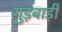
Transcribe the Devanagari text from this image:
गुड़बाड़ी